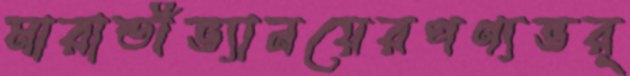
মারান্ডীভ্যানয়েরপণ্যভর্